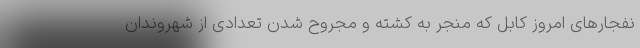
نفجارهای امروز کابل که منجر به کشته و مجروح شدن تعدادی از شهروندان